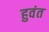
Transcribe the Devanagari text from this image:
हुवंत